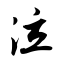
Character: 泣